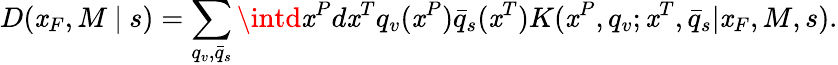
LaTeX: D(\mathit{x}_{F},M\ |\ s)=\sum_{q_{v},\bar{{q}}_{s}}\intd\mathit{x}^{P}d\mathit{x}^{T}q_{v}(\mathit{x}^{P})\bar{{q}}_{s}(\mathit{x}^{T})K(\mathit{x}^{P},q_{v};\mathit{x}^{T},\bar{{q}}_{s}|\mathit{x}_{F},M,s).